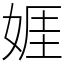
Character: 娾